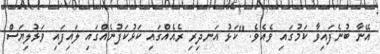
އޭނާ ބުނެފައިވާ ކަމުގައި ވެއެވެ. "ކަޅު އަނދިރި ރެއެއްގައި ކަޅުކަފުނެއްގައި ލައިފައި ވަޅުލިޔަސް